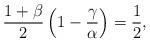
LaTeX: \begin{align*}\frac{1+\beta}{2}\left(1- \frac{\gamma}{\alpha}\right) = \frac{1}{2},\end{align*}